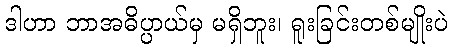
ဒါဟာ ဘာအဓိပ္ပာယ်မှ မရှိဘူး၊ ရူးခြင်းတစ်မျိုးပဲ